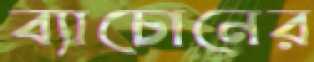
ব্যাচোনের